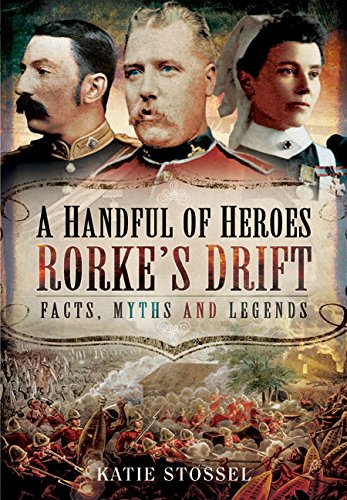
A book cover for A Handful of Heroes, Rorke's Drift: Facts, Myths and Legends; Katie Stossel; History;